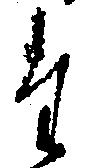
た